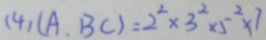
( 4 ) ( A , B C ) = 2 ^ { 2 } \times 3 ^ { 2 } \times 5 ^ { 2 } \times 7